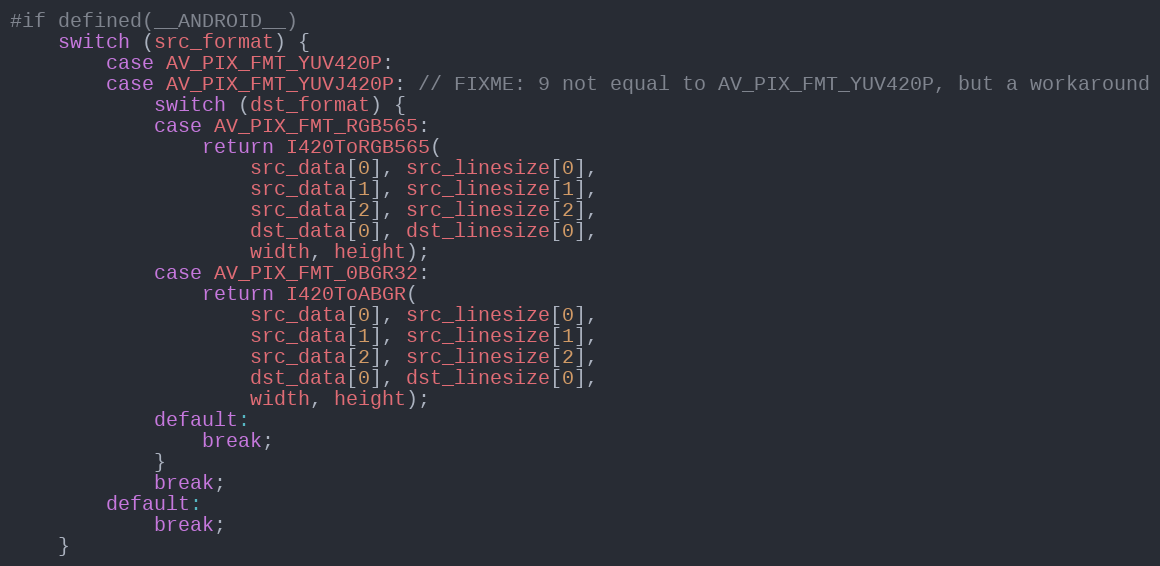
Language: C
#if defined(__ANDROID__)
    switch (src_format) {
        case AV_PIX_FMT_YUV420P:
        case AV_PIX_FMT_YUVJ420P: // FIXME: 9 not equal to AV_PIX_FMT_YUV420P, but a workaround
            switch (dst_format) {
            case AV_PIX_FMT_RGB565:
                return I420ToRGB565(
                    src_data[0], src_linesize[0],
                    src_data[1], src_linesize[1],
                    src_data[2], src_linesize[2],
                    dst_data[0], dst_linesize[0],
                    width, height);
            case AV_PIX_FMT_0BGR32:
                return I420ToABGR(
                    src_data[0], src_linesize[0],
                    src_data[1], src_linesize[1],
                    src_data[2], src_linesize[2],
                    dst_data[0], dst_linesize[0],
                    width, height);
            default:
                break;
            }
            break;
        default:
            break;
    }